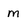
Character: m